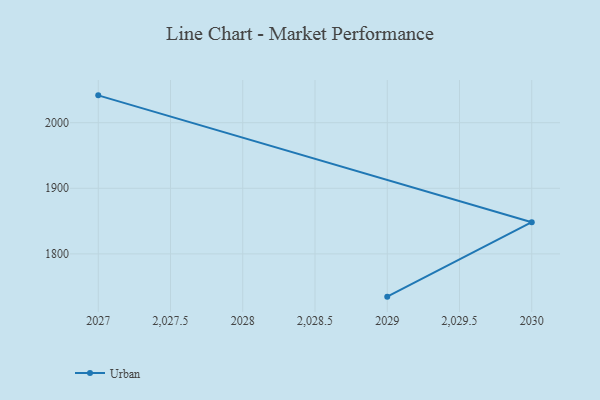
{"axis": {"x": "Year", "y": "Energy Usage (MWh)"}, "legend": ["Urban"], "data": [{"x": "2027", "y": 2041.7, "type": "Urban"}, {"x": "2030", "y": 1848.3, "type": "Urban"}, {"x": "2029", "y": 1734.8, "type": "Urban"}]}